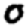
Digit: 0